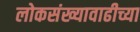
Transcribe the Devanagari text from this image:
लोकसंख्यावाढीच्या